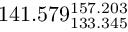
1 4 1 . 5 7 9 _ { 1 3 3 . 3 4 5 } ^ { 1 5 7 . 2 0 3 }